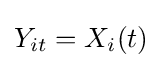
Y_{it}=X_{i}(t)